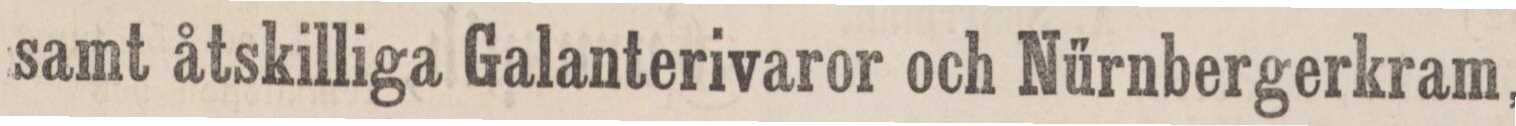
samt åtskilliga Galanterivaror och Nürnbergerkram,